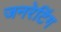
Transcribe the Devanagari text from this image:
जनरेटिंग